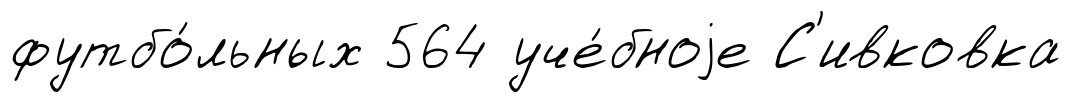
футбо́льных 564 уче́бноjе С'ивковка